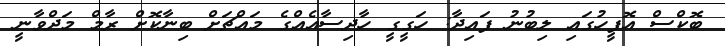
ބޮކްސް އޮފީހުގައި ލިބުނު ފައިދާ: ހަގީގީ ހާދިސާއެއްގެ މައްޗަށް ބިނާކޮށް ރާމް މަދްވާނީ